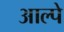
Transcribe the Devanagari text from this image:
आल्पे